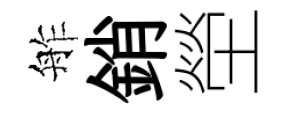
舴銷塋